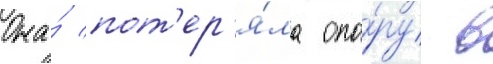
Она́ пот'ер'я́ла опо́ру в